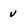
Character: v